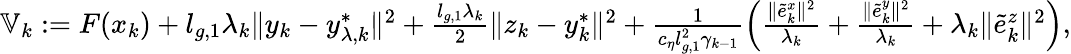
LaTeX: \begin{array}{r}{\mathbb{V}_{k}:=F(x_{k})+l_{g,1}\lambda_{k}\| y_{k}-y_{\lambda,k}^{*}\| ^{2}+\frac{l_{g,1}\lambda_{k}}{2}\| z_{k}-y_{k}^{*}\| ^{2}+\frac{1}{c_{\eta}l_{g,1}^{2}\gamma_{k-1}}\left(\frac{\| \tilde{e}_{k}^{x}\| ^{2}}{\lambda_{k}}+\frac{\| \tilde{e}_{k}^{y}\| ^{2}}{\lambda_{k}}+\lambda_{k}\| \tilde{e}_{k}^{z}\| ^{2}\right),}\end{array}